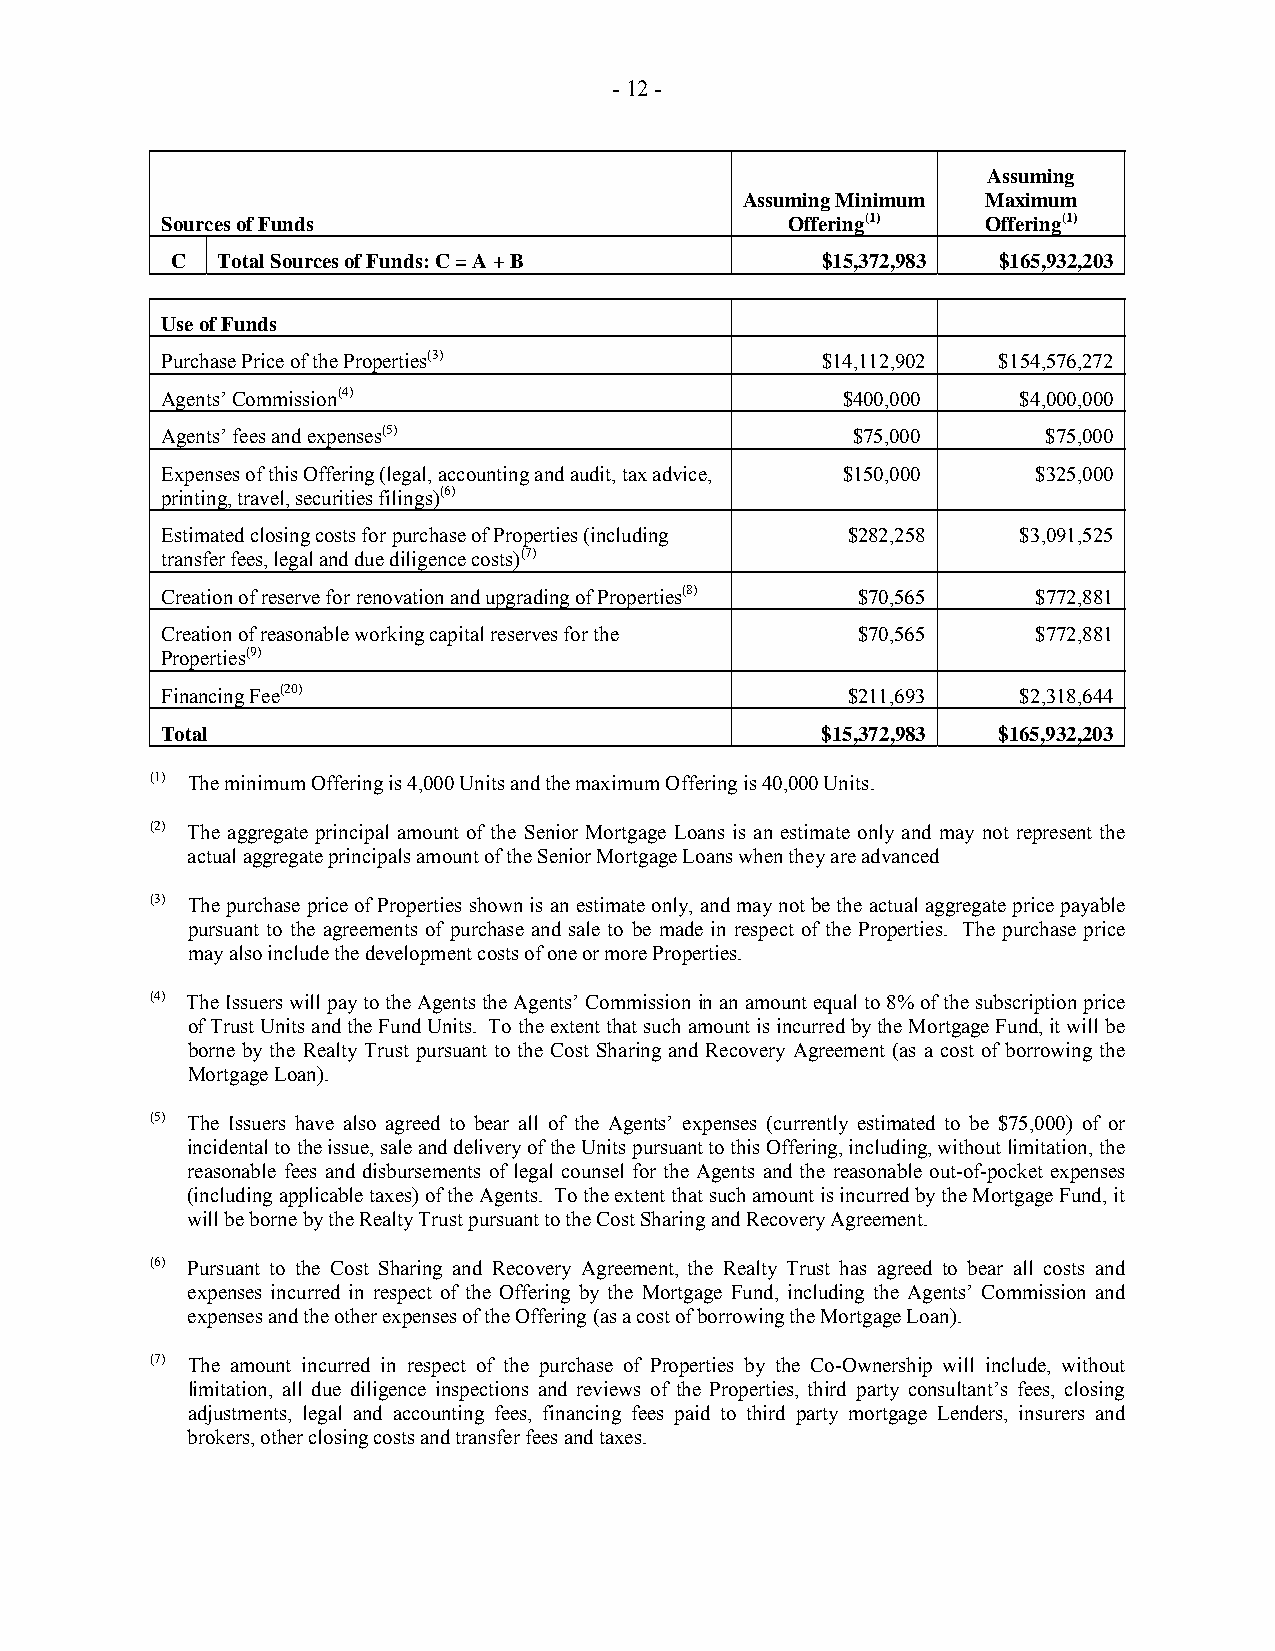
- 12 -
 Assuming
 Assuming Minimum Maximum
 Sources of Funds                         Offering(1)  Offering(1)
 C  Total Sources of Funds: C = A + B       $15,372,983 $165,932,203
 Use of Funds
 Purchase Price of the Properties(3)        $14,112,902 $154,576,272
 Agents’ Commission(4)                        $400,000    $4,000,000
 Agents’ fees and expenses(5)                 $75,000      $75,000
 Expenses of this Offering (legal, accounting and audit, tax advice, $150,000 $325,000
 printing, travel, securities filings)(6)
 Estimated closing costs for purchase of Properties (including $282,258 $3,091,525
 transfer fees, legal and due diligence costs)(7)
 Creation of reserve for renovation and upgrading of Properties(8) $70,565 $772,881
 Creation of reasonable working capital reserves for the $70,565 $772,881
 Properties(9)
 Financing Fee(20)                            $211,693    $2,318,644
 Total                                      $15,372,983 $165,932,203
 (1) The minimum Offering is 4,000 Units and the maximum Offering is 40,000 Units.
 (2) The aggregate principal amount of the Senior Mortgage Loans is an estimate only and may not represent the
 actual aggregate principals amount of the Senior Mortgage Loans when they are advanced
 (3) The purchase price of Properties shown is an estimate only, and may not be the actual aggregate price payable
 pursuant to the agreements of purchase and sale to be made in respect of the Properties. The purchase price
 may also include the development costs of one or more Properties.
 (4) The Issuers will pay to the Agents the Agents’ Commission in an amount equal to 8% of the subscription price
 of Trust Units and the Fund Units. To the extent that such amount is incurred by the Mortgage Fund, it will be
 borne by the Realty Trust pursuant to the Cost Sharing and Recovery Agreement (as a cost of borrowing the
 Mortgage Loan).
 (5) The Issuers have also agreed to bear all of the Agents’ expenses (currently estimated to be $75,000) of or
 incidental to the issue, sale and delivery of the Units pursuant to this Offering, including, without limitation, the
 reasonable fees and disbursements of legal counsel for the Agents and the reasonable out-of-pocket expenses
 (including applicable taxes) of the Agents. To the extent that such amount is incurred by the Mortgage Fund, it
 will be borne by the Realty Trust pursuant to the Cost Sharing and Recovery Agreement.
 (6) Pursuant to the Cost Sharing and Recovery Agreement, the Realty Trust has agreed to bear all costs and
 expenses incurred in respect of the Offering by the Mortgage Fund, including the Agents’ Commission and
 expenses and the other expenses of the Offering (as a cost of borrowing the Mortgage Loan).
 (7) The amount incurred in respect of the purchase of Properties by the Co-Ownership will include, without
 limitation, all due diligence inspections and reviews of the Properties, third party consultant’s fees, closing
 adjustments, legal and accounting fees, financing fees paid to third party mortgage Lenders, insurers and
 brokers, other closing costs and transfer fees and taxes.